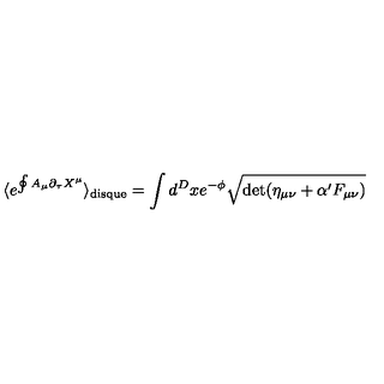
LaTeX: \langle e ^ { \oint A _ { \mu } \partial _ { \tau } X ^ { \mu } } \rangle _ { \mathrm { d i s q u e } } = \int d ^ { D } x e ^ { - \phi } \sqrt { \det ( \eta _ { \mu \nu } + \alpha ^ { \prime } F _ { \mu \nu } ) }